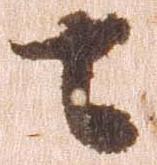
七